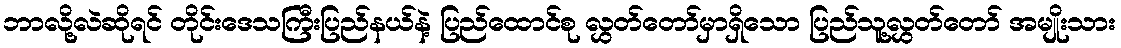
ဘာလို့လဲဆိုရင် တိုင်းဒေသကြီးပြည်နယ်နဲ့ ပြည်ထောင်စု လွှတ်တော်မှာရှိသော ပြည်သူ့လွှတ်တော် အမျိုးသား